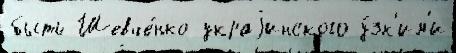
быть Шевче́нко украjинского у́зк'им'и